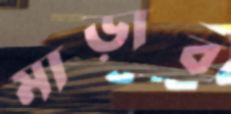
মাড়াব